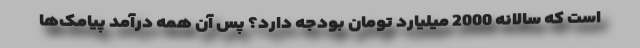
است که سالانه 2000 میلیارد تومان بودجه دارد؟ پس آن همه درآمد پیامک‌ها